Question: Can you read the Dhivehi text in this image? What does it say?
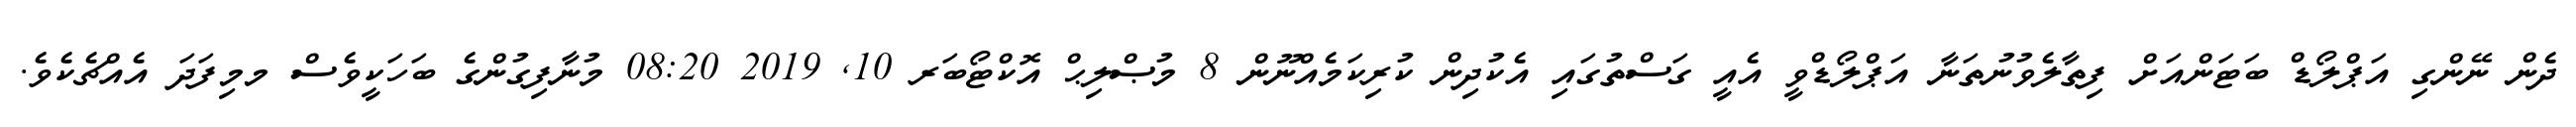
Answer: ދެން ނޭންގި އަޕްލޯޑް ބަޓަންއަށް ފިތާލެވުނުތަނާ އަޕްލޯޑްވީ އެއީ ގަސްތުގައި އެކުދިން ކުރިކަމެއްނޫން 8 މުޞްލިޙް އޮކްޓޯބަރ 10, 2019 08:20 މުނާފިގުންގެ ބަހަކީވެސް މމިފަދަ އެއްޗެކެވެ.